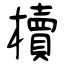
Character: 櫝